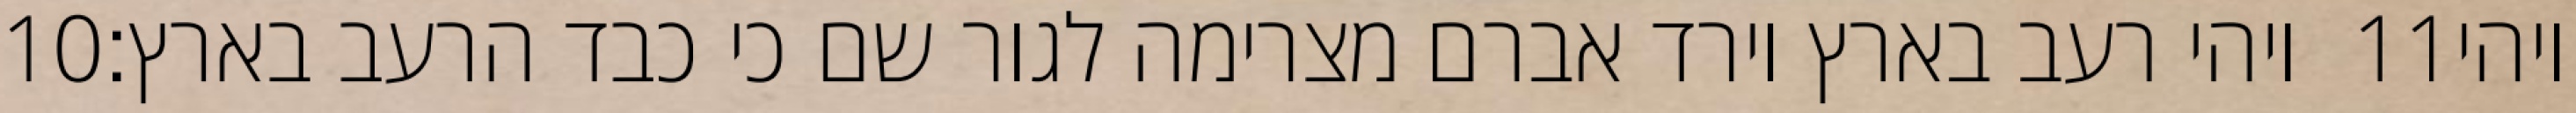
‎10‏ ויהי רעב בארץ וירד אברם מצרימה לגור שם כי כבד הרעב בארץ׃ ‎11‏ ויהי